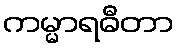
ကမ္မာရဓီတာ